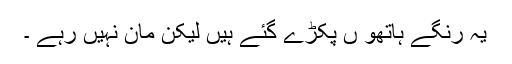
یہ رنگے ہاتھو ں پکڑے گئے ہیں لیکن مان نہیں رہے ۔